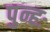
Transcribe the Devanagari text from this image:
पुन्हः